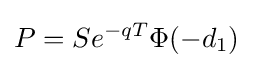
P=Se^{-qT}\Phi (-d_{1})